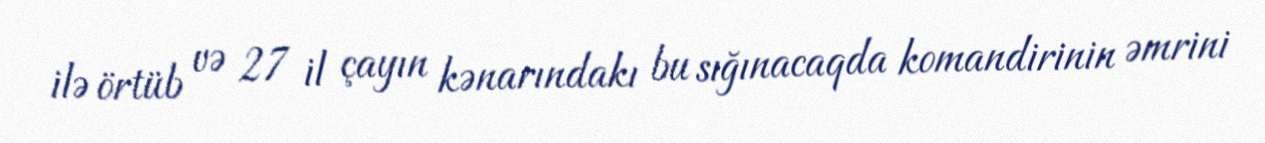
ilə örtüb və 27 il çayın kənarındakı bu sığınacaqda komandirinin əmrini